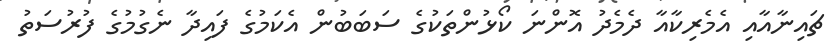
ޗައިނާއާއި އެމެރިކާއާ ދެމެދު އޮންނަ ކޯޅުންތަކުގެ ސަބަބުން އެކަމުގެ ފައިދާ ނެގުމުގެ ފުރުސަތު